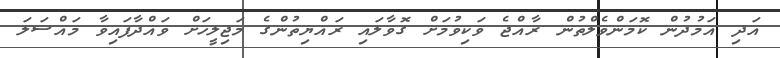
އަދި އަމުދުން ކޮމަންވެލްތުން ރާއްޖެ ވަކިވުމަށް ގޮވާލައި ރައްޔިތުންގެ މަޖިލީހަށް ވައްދާފައިވާ މައްސަލަ